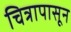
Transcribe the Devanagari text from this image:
चित्रापासून